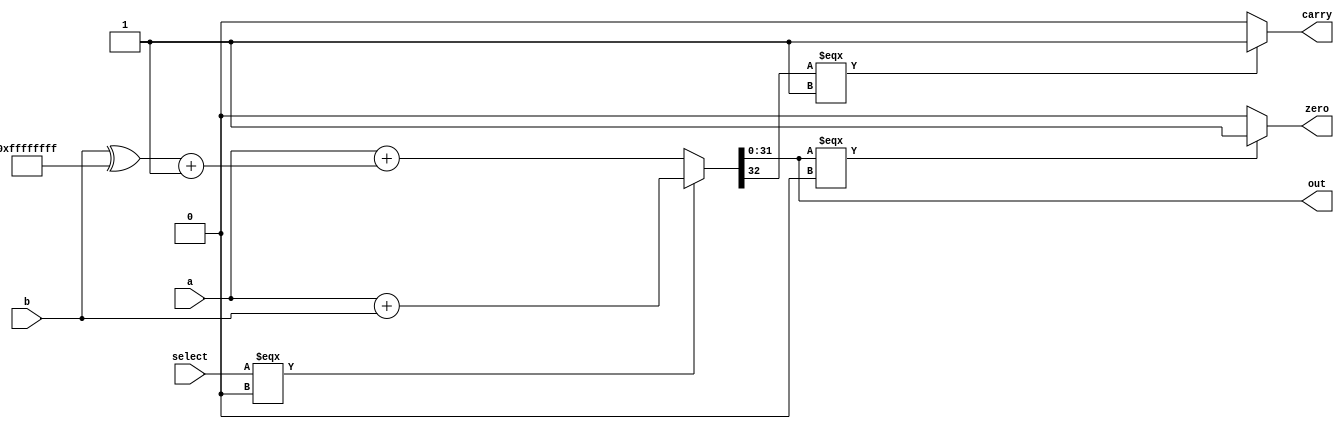
`timescale 1ns / 1ps
//////////////////////////////////////////////////////////////////////////////////

//////////////////////////////////////////////////////////////////////////////////
module add_sub(
	input select,
	input [31:0]a,
	input [31:0]b,
	output [31:0]out,
	output carry,
	output zero
	
	);

	wire [32:0]temp_output_to_check_carry;

	assign temp_output_to_check_carry = select === 1'b0 ? a + b:  a + ((b ^ 32'b11111111111111111111111111111111) + 1'b1);
	
	assign zero = out === 0 ? 1: 0;
	
	assign carry = temp_output_to_check_carry[32] === 1 ? 1: 0;

	assign out = temp_output_to_check_carry[31:0];

endmodule